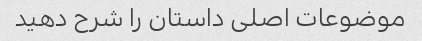
موضوعات اصلی داستان را شرح دهید